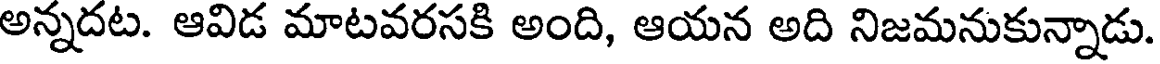
అన్నదట. ఆవిడ మాటవరసకి అంది, ఆయన అది నిజమనుకున్నాడు.